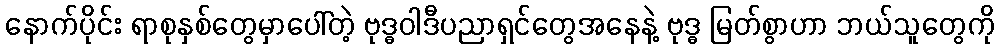
နောက်ပိုင်း ရာစုနှစ်တွေမှာပေါ်တဲ့ ဗုဒ္ဓဝါဒီပညာရှင်တွေအနေနဲ့ ဗုဒ္ဓ မြတ်စွာဟာ ဘယ်သူတွေကို